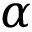
\alpha